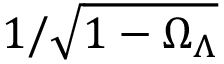
1 / \sqrt { 1 - \Omega _ { \Lambda } }